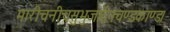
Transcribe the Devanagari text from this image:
मारीचनीचसुभुजार्दनचण्डकाण्ड।